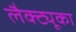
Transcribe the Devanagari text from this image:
लैक्ट्यूका